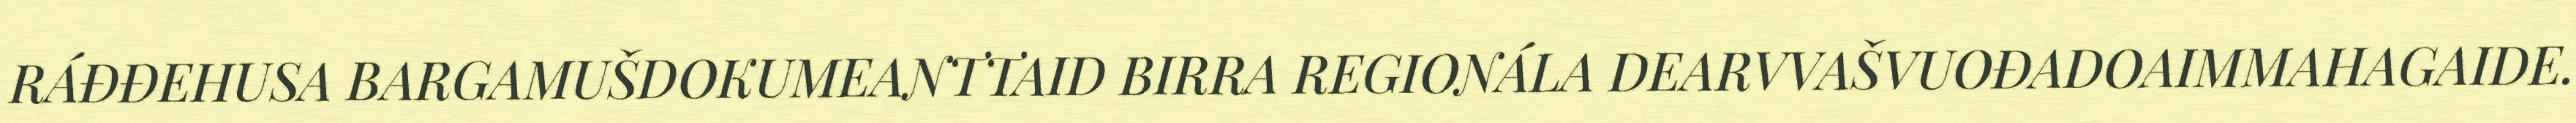
RÁĐĐEHUSA BARGAMUŠDOKUMEANTTAID BIRRA REGIONÁLA DEARVVAŠVUOĐADOAIMMAHAGAIDE.